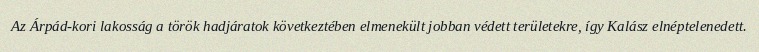
Az Árpád-kori lakosság a török hadjáratok következtében elmenekült jobban védett területekre, így Kalász elnéptelenedett.